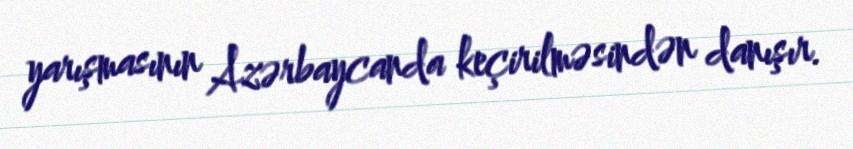
yarışmasının Azərbaycanda keçirilməsindən danışır.